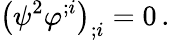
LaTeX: \big(\psi^{2}\varphi^{;i}\big)_{;i}=0\, .